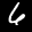
Label: 6